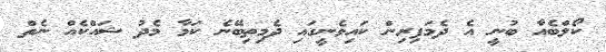
ކޯލްބެއާ ބުނީ އެ ދެމަފިރިން ކައިވެނީގައި ދެމިތިބޭނެ ކަމާ މެދު ޝައްކެއް ނެތް